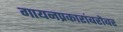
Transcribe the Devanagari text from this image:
गायनप्रकारांबरोबर